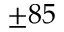
\pm 8 5